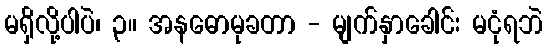
မရှိလို့ပါပဲ၊ ၃။ အနဓောမုခတာ - မျက်နှာခေါင်း မငုံရဘဲ